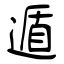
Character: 遁